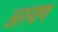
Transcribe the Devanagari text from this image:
अरुवण